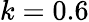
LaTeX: k=0.6